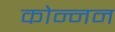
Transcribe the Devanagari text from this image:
कोन्नन